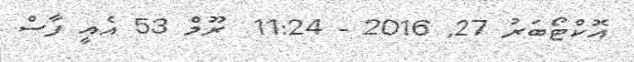
އޮކްޓޯބަރު 27